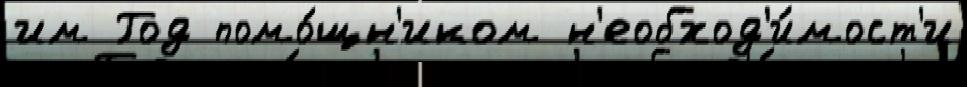
им Год помо́щн'иком н'еобход'и́мост'и